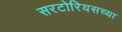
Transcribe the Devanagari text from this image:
सरटोरियसच्या